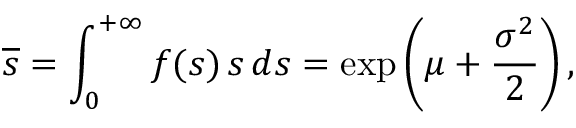
\overline { { s } } = \int _ { 0 } ^ { + \infty } f ( s ) \, s \, d s = \exp \left( \mu + { \frac { \sigma ^ { 2 } } { 2 } } \right) ,